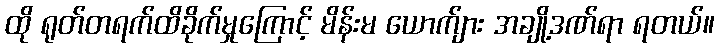
ထို ရုတ်တရက်ထိခိုက်မှုကြောင့် မိန်းမ ယောက်ျား အချို့ဒဏ်ရာ ရတယ်။